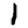
Digit: 1